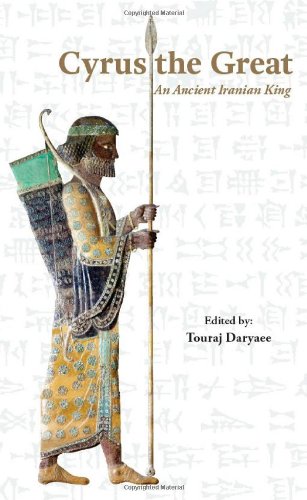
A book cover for Cyrus the Great: An Ancient Iranian King; Touraj Daryaee; History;